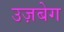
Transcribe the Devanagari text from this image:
उज़बेग